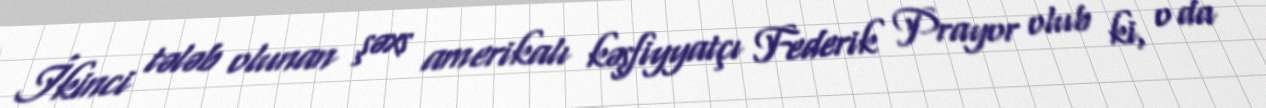
İkinci tələb olunan şəxs amerikalı kəşfiyyatçı Federik Prayor olub ki, o da